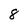
Character: 8